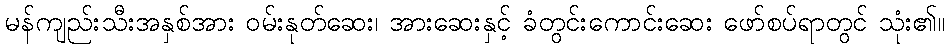
မန်ကျည်းသီးအနှစ်အား ဝမ်းနုတ်ဆေး၊ အားဆေးနှင့် ခံတွင်းကောင်းဆေး ဖော်စပ်ရာတွင် သုံး၏။